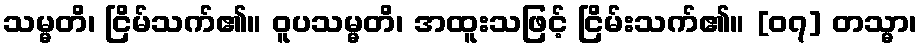
သမ္မတိ၊ ငြိမ်သက်၏။ ဝူပသမ္မတိ၊ အထူးသဖြင့် ငြိမ်းသက်၏။ [၀၇] တသ္မာ၊